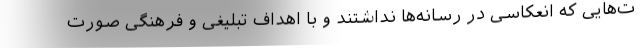
ت‌هایی که انعکاسی در رسانه‌ها نداشتند و با اهداف تبلیغی و فرهنگی صورت